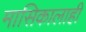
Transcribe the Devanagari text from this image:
मासिकालाही